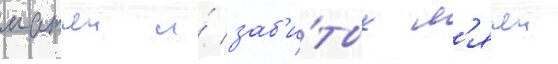
матчеи и́ заб'и́тых м'ячеи